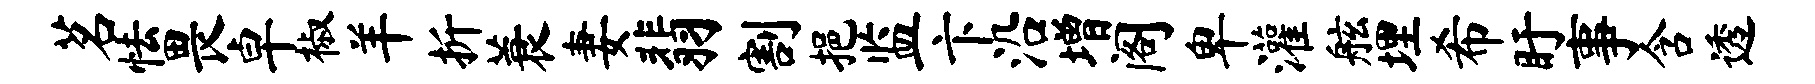
茗怯畏卓椒羊折蓑妻翡割挹监卞沿增阁卑灌舷埋希盱事含透